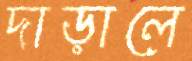
দাড়ালে